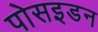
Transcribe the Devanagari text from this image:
पोसइडन